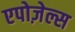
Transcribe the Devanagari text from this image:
एपोज़ेल्स